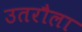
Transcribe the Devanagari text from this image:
उतरौला